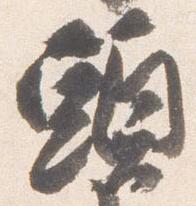
頭